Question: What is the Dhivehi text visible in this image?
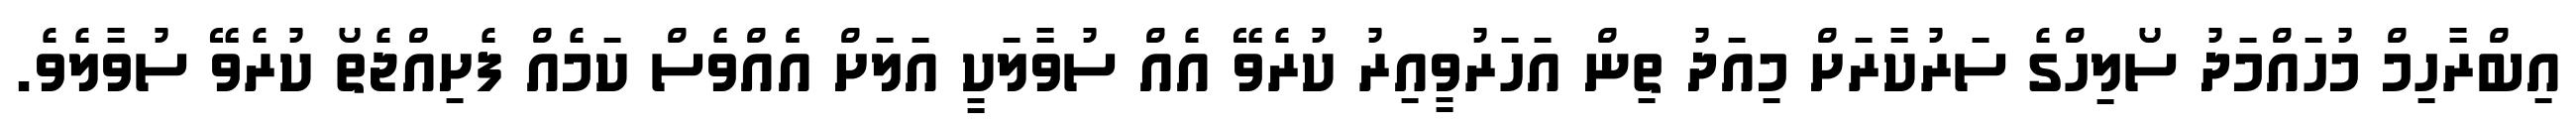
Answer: އިބްރާހިމް މުހައްމަދު ސޯލިހްގެ ސަރުކާރަށް މިއަދު ތިން އަހަރުވީއިރު ކުރެވޭ އެއް ސުވާލަކީ އަލަށް އެެއްވެސް ކަމެއް ފެށިއްޖެތޯ ކުރެވޭ ސުވާލެވެ.